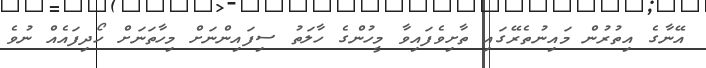
އޭނާގެ އިތުރުން މައިނުތެރޭގައި ތާށިވެފައިވާ މީހުންގެ ހާލަތު ސިފައިންނަށް މިހާތަނަށް ހޯދިފައެއް ނުވެ